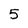
Character: 5